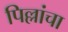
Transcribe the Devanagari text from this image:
पिल्लांचा